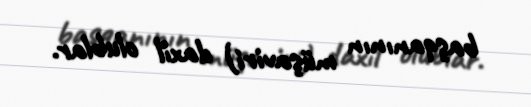
başqanının müşaviri) daxil olublar.